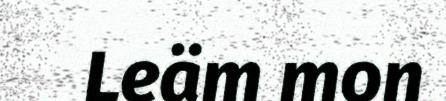
Leäm mon